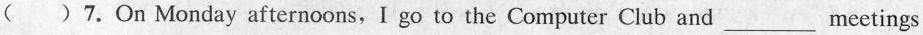
( )7.On Monday afternoons, I go to the Computer Club and___meetings